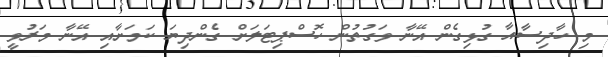
މި ހާދިސާއާ ގުޅިގެން އޭނާ ވަގުތުން ހޮސްޕިޓަލަށް ގެންދިޔަ ކަމަށާއި އޭނާ މަރުވީ